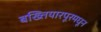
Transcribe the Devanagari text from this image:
बख्तियारपूरमधून